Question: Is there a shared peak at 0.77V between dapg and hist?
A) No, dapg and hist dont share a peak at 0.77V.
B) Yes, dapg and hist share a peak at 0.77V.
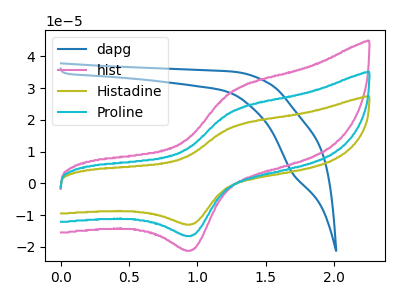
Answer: <think>The blue curve "dapg" has a cathodic peak at: (1.70V, 3.25uA). The pink curve "hist" has an anodic peak at (1.25V, 29.30uA) and a cathodic peak at (0.95V, -20.90uA). The olive curve "Histadine" has an anodic peak at (1.25V, 45.85uA) and a cathodic peak at (0.95V, -32.75uA). The cyan curve "Proline" has an anodic peak at (1.25V, 22.90uA) and a cathodic peak at (0.95V, -16.35uA).</think>
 <answer>A) No, "dapg" and "hist" dont share a peak at 0.77V.</answer>
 <eval>A</eval>